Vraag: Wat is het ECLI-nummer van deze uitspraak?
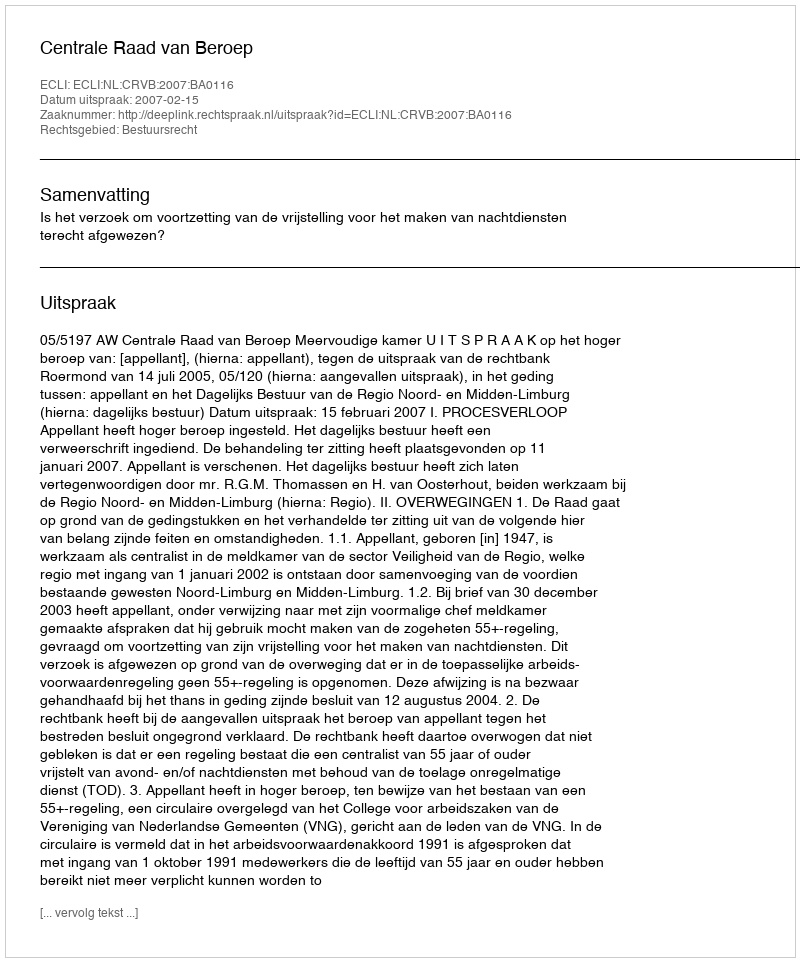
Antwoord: ECLI:NL:CRVB:2007:BA0116